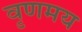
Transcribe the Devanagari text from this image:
वृणमय